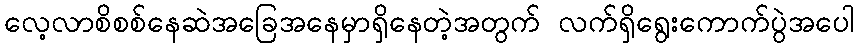
လေ့လာစိစစ်နေဆဲအခြေအနေမှာရှိနေတဲ့အတွက် လက်ရှိရွေးကောက်ပွဲအပေါ